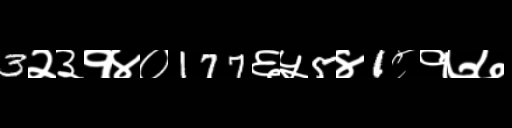
Text: 3२३१४०177६५5४1८१७७